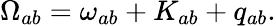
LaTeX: \Omega_{ab}=\omega_{ab}+K_{ab}+q_{ab}.